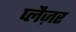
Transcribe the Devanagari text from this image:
प्लैज़र